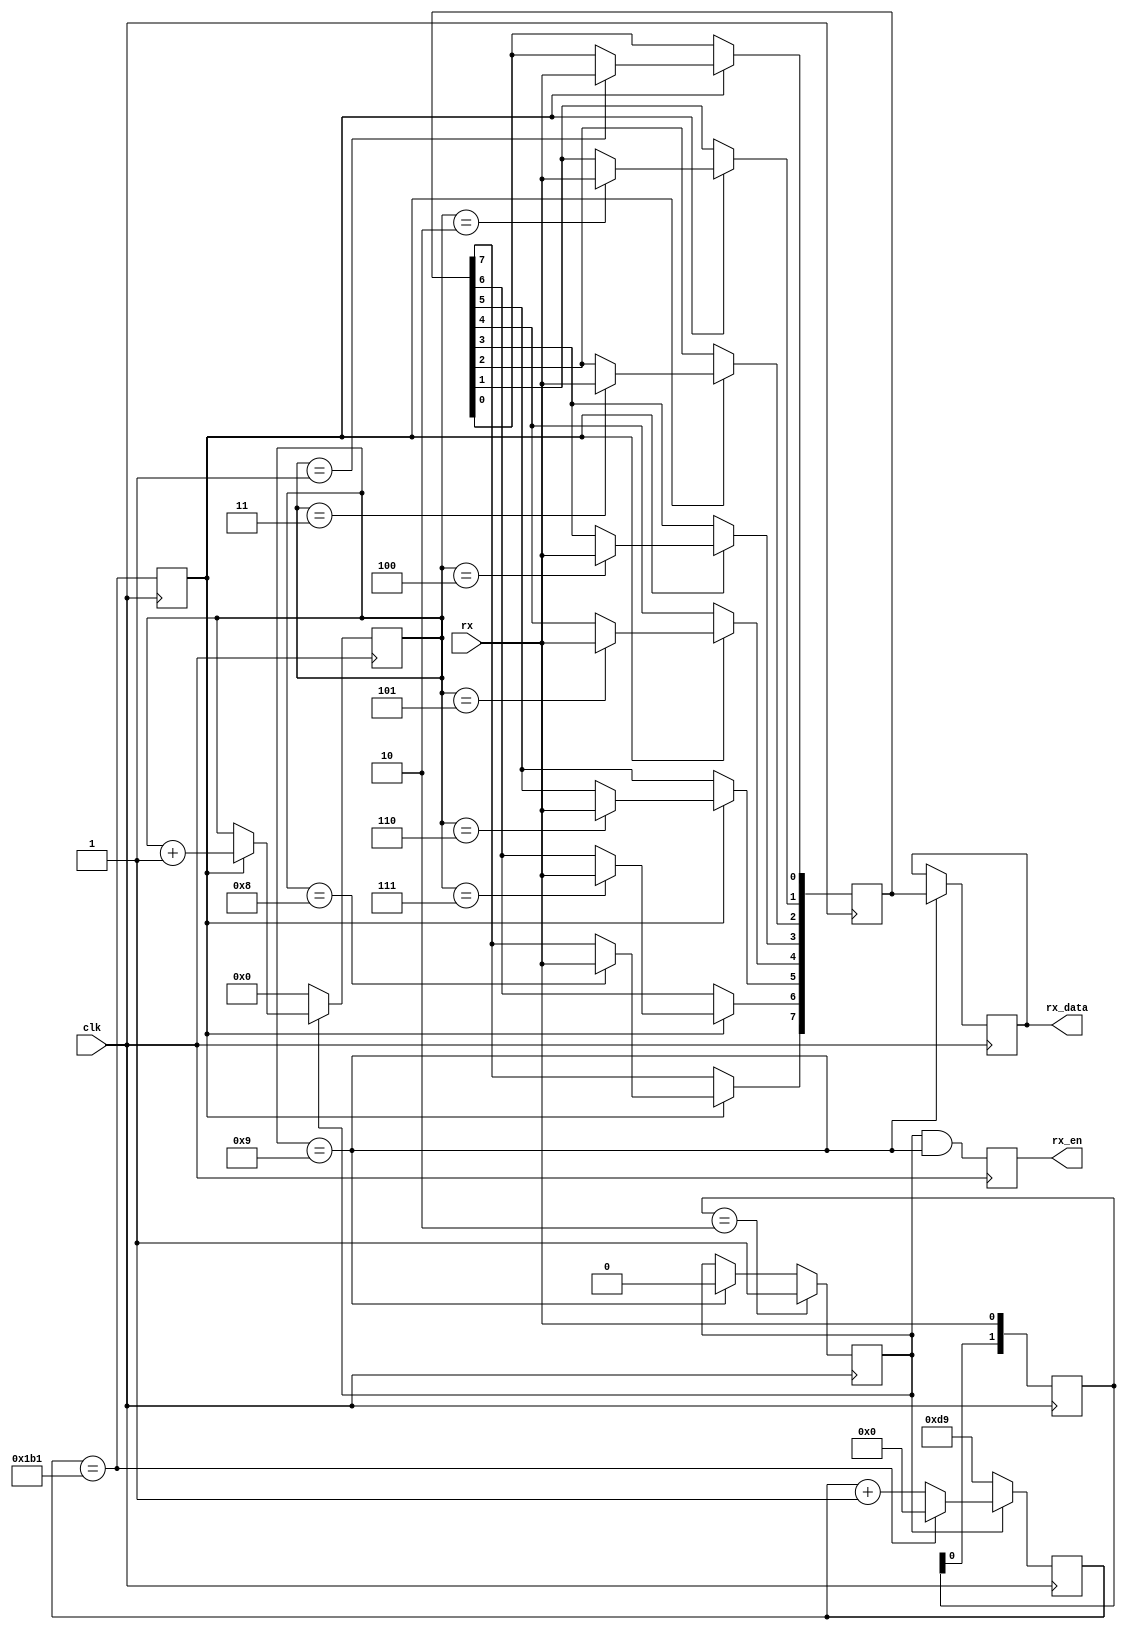
module uart_rx
#(
	parameter BAUDRATE = 115200,
	parameter CLK_RATE = 50000000
)
(
    input	wire		clk,
	
	// uart
    input	wire		rx,
	
	// data
    output  reg			rx_en,
    output  reg [7:0]	rx_data
);

reg start;
reg clk_en;
reg [3:0] cnt;
reg [7:0] data;
reg [1:0] rx_d;
reg [31:0] clk_cnt;

initial
begin
    start = 0;
end

// 
always@(posedge clk)
begin
    rx_d <= {rx_d[0],rx};
end

// 
always@(posedge clk)
begin
    if(rx_d == 2'b10) // 
        start <= 1;
    else if(cnt == 9) // 
        start <= 0;
end

// 
always@(posedge clk)
begin
	if(!start)
		clk_cnt <= (CLK_RATE / (BAUDRATE*2)); // 
	else if(clk_cnt == CLK_RATE / BAUDRATE - 1)
		clk_cnt <= 0;
	else
		clk_cnt <= clk_cnt + 1;
end

// 
always@(posedge clk)
begin
	clk_en <= (clk_cnt == CLK_RATE / BAUDRATE - 1);
end

// 
always@(posedge clk)
begin
	if(!start)
        cnt <= 0;
	else if(clk_en)
        cnt <= cnt + 1;
end

// 
always@(posedge clk)
if(clk_en)
begin
    case(cnt)
        1: data[0] <= rx;
        2: data[1] <= rx;
        3: data[2] <= rx;
        4: data[3] <= rx;
        5: data[4] <= rx;
        6: data[5] <= rx;  
        7: data[6] <= rx;    
        8: data[7] <= rx;
    endcase   
end

// 
always@(posedge clk)
begin
    rx_en <= (start && cnt == 9);
end

// 
always@(posedge clk)
begin
    if(cnt == 9)
        rx_data <= data;
end

endmodule